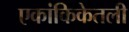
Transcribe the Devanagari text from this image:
एकांकिकेतली